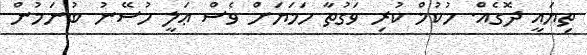
ތިޔައީ ދޮގެއް. ހުކުމް ކުރި ވަގުތާ ހަމަޔަށް ވެސް ޢަލީ ހުސޭނު ބުނަމުން